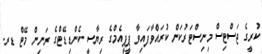
ކުރީގެ ޖަސްޓިސް މިނިސްޓަރުކަން ކުރައްވާފައިވާ ޕީޕީއެމްގެ ރިޔާސީ ކެންޑިޑޭޓްގެ ރަނިން މޭޓް ޑރ.